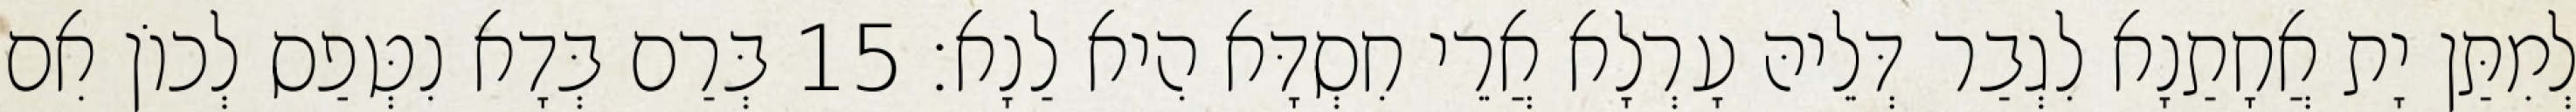
לְמִתַּן יָת אֲחָתַנָא לִגְבַר דְּלֵיהּ עָרְלָא אֲרֵי חִסְדָּא הִיא לַנָא׃ 15 בְּרַם בְּדָא נִטְּפַס לְכוֹן אִם